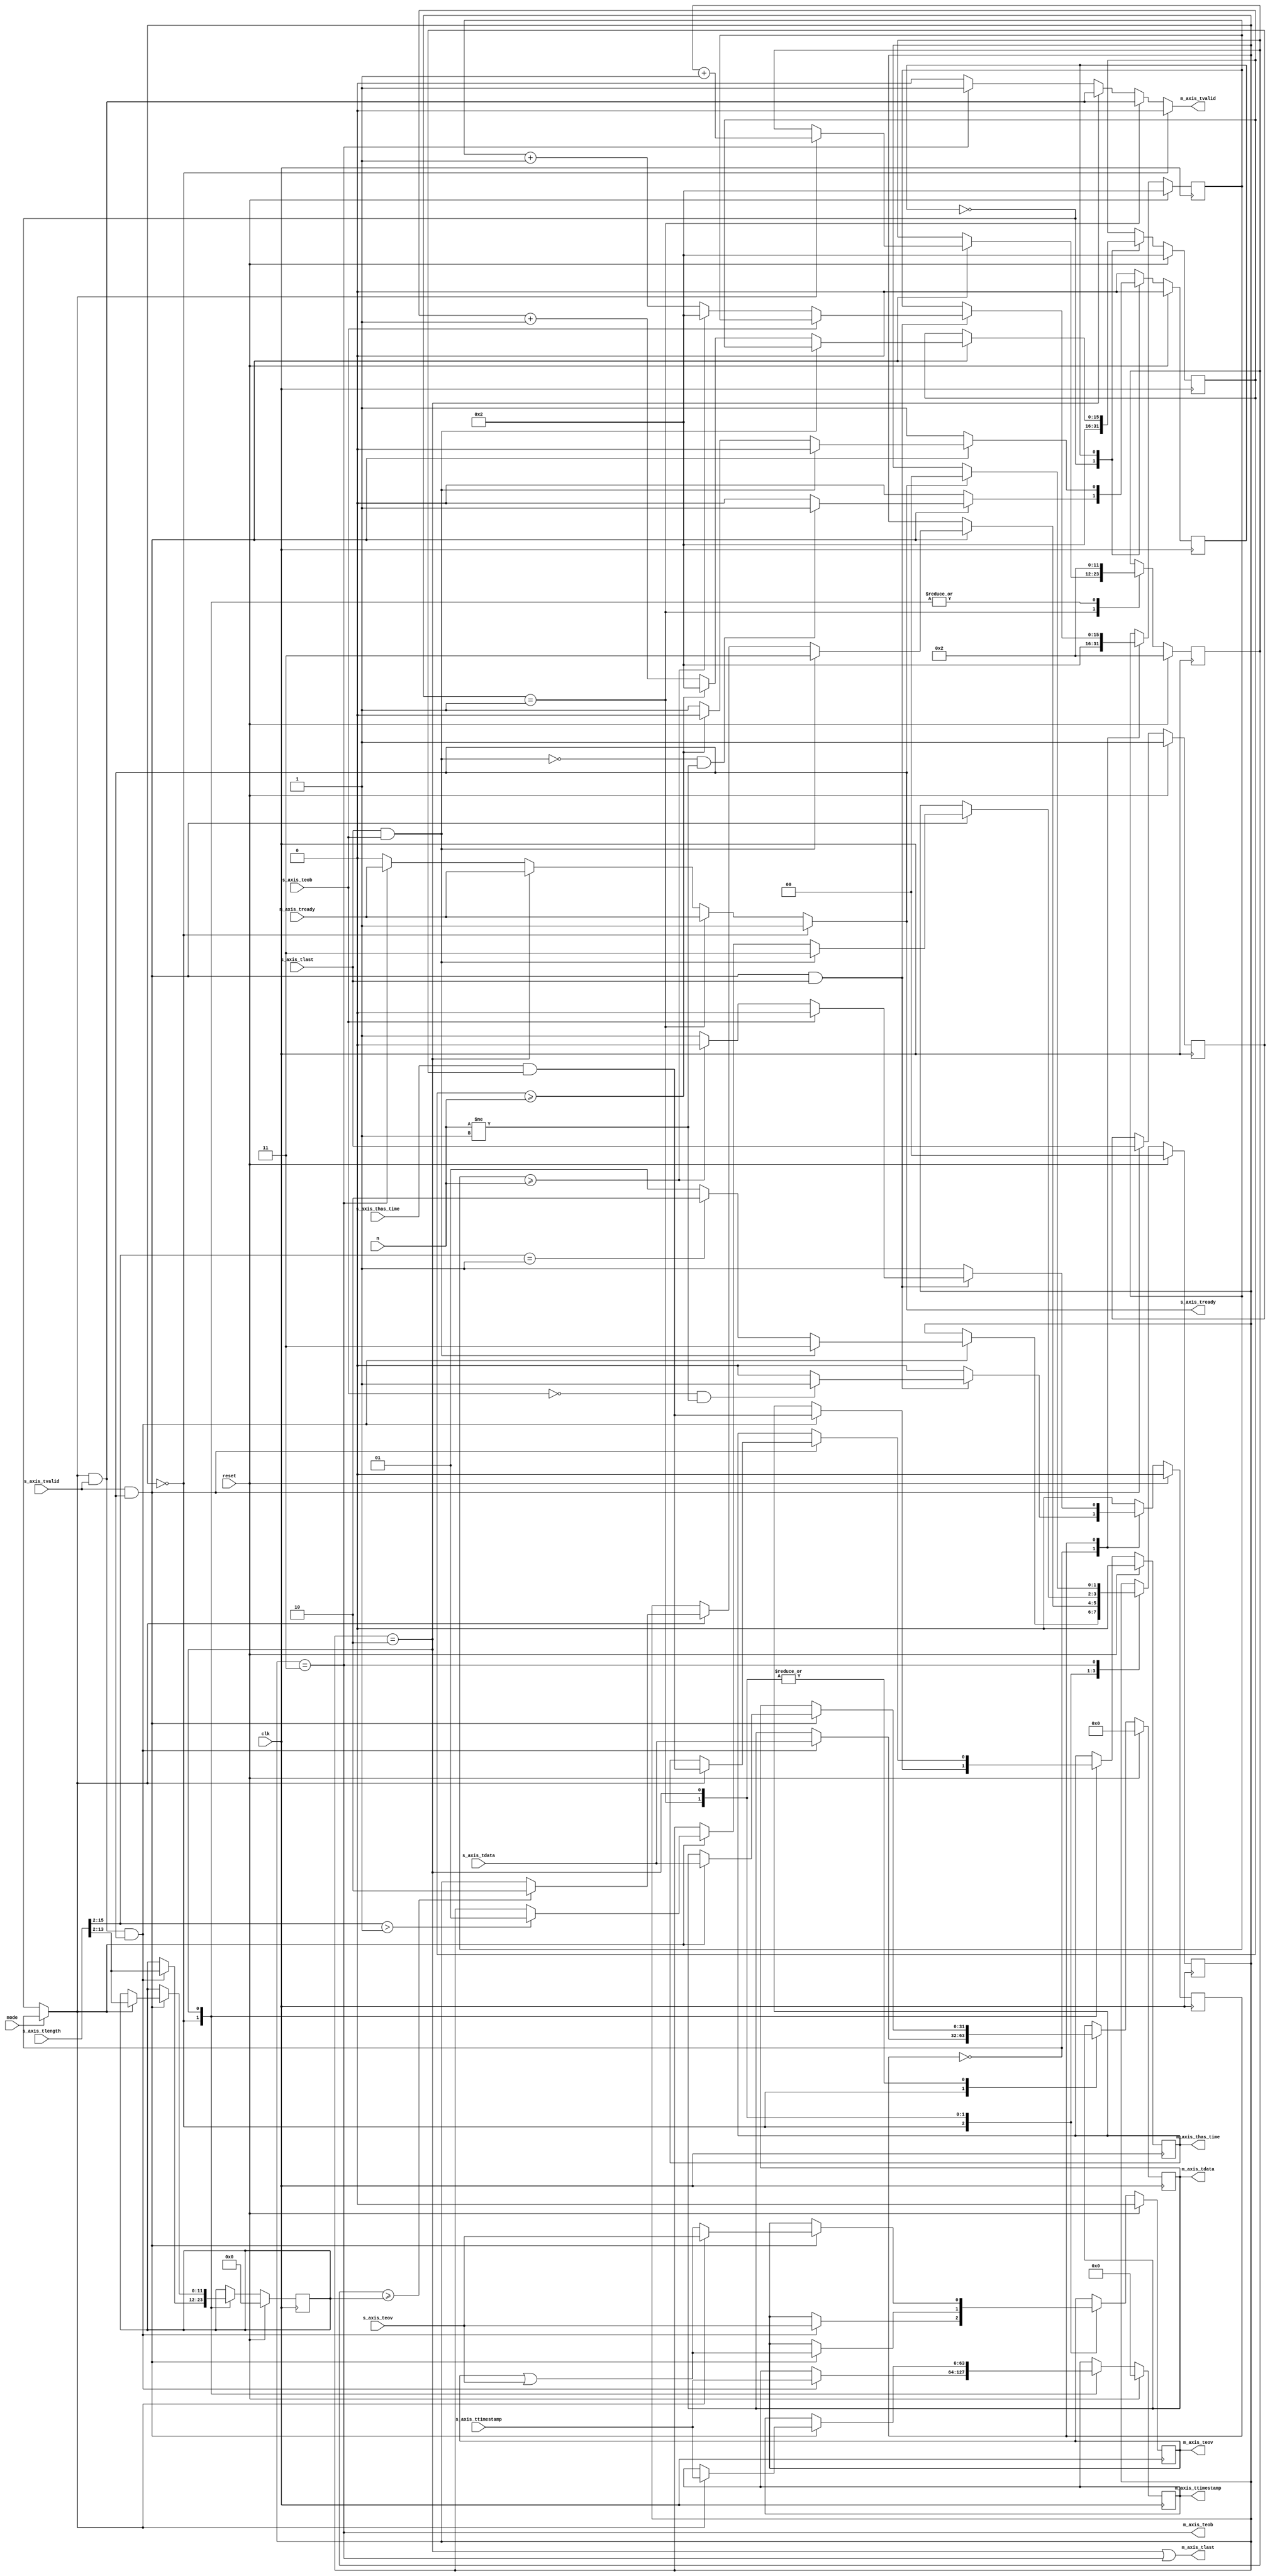
//
// Copyright 2020 Ettus Research, a National Instruments Brand
//
// SPDX-License-Identifier: LGPL-3.0-or-later
//
// Module:  rfnoc_keep_one_in_n
//
// Keep one sample and drop N-1 samples. Also, handles timestamp and setting EOB / EOV.
//
// n:    Drop n-1 samples or packets
// mode: 0 = operate on samples, 1 = operate on packets that are delineated by tlast
//
`default_nettype none

module rfnoc_keep_one_in_n #(
  parameter WIDTH      = 32,
  parameter WIDTH_N    = 16
)(
  input  wire                       clk,
  input  wire                       reset,
  input  wire                       mode,
  input  wire [WIDTH_N-1:0]         n,
  input  wire [WIDTH-1:0]           s_axis_tdata,
  input  wire                       s_axis_tlast,
  input  wire                       s_axis_tvalid,
  output wire                       s_axis_tready,
  input  wire [63:0]                s_axis_ttimestamp,
  input  wire                       s_axis_thas_time,
  input  wire [15:0]                s_axis_tlength,
  input  wire                       s_axis_teov,
  input  wire                       s_axis_teob,
  output wire [WIDTH-1:0]           m_axis_tdata,
  output wire                       m_axis_tlast,
  output wire                       m_axis_tvalid,
  input  wire                       m_axis_tready,
  output wire [63:0]                m_axis_ttimestamp,
  output wire                       m_axis_thas_time,
  output wire                       m_axis_teov,
  output wire                       m_axis_teob
);

  reg first_samp = 1'b1;
  always @(posedge clk) begin
    if (reset) begin
      first_samp <= 1'b1;
    end else begin
      if (s_axis_tvalid & s_axis_tready) begin
        first_samp <= s_axis_tlast;
      end
    end
  end

  // Packet mode state machine
  // - Keeps first packet which is delinated by tlast
  //   and drops the following n-1 packets.
  // - EOB signifies the end of a stream and causes the
  //   state machine to stay in or immediately return to the
  //   "keep" state.
  reg state_pkt;
  localparam S_PKT_KEEP = 1'd0;
  localparam S_PKT_DROP = 1'd1;

  reg [WIDTH_N-1:0] cnt_pkt_n = 2;

  always @(posedge clk) begin
    if (reset) begin
      cnt_pkt_n <= 2;
      state_pkt <= S_PKT_KEEP;
    end else begin
      case (state_pkt)
        S_PKT_KEEP : begin
          cnt_pkt_n <= 2;
          if (s_axis_tvalid & s_axis_tready & s_axis_tlast) begin
            // If EOB or n == 1, stay in this state
            if (~s_axis_teob & n != 1) begin
              state_pkt <= S_PKT_DROP;
            end
          end
        end
        S_PKT_DROP : begin
          if (s_axis_tvalid & s_axis_tready & s_axis_tlast) begin
            if (s_axis_teob) begin
              state_pkt <= S_PKT_KEEP;
            end else begin
              cnt_pkt_n <= cnt_pkt_n + 1;
              if (cnt_pkt_n >= n) begin
                cnt_pkt_n <= 2;
                state_pkt <= S_PKT_KEEP;
              end
            end
          end
        end
        default : state_pkt <= S_PKT_KEEP;
      endcase
    end
  end

  // Sample mode state machine
  // - Keeps first sample and drops n-1 samples.
  // - EOB also causes this state machine stay in or return
  //   to the "keep" state.
  reg [WIDTH_N-1:0] cnt_samp_n;

  reg state_samp;
  localparam S_SAMP_KEEP = 1'd0;
  localparam S_SAMP_DROP = 1'd1;

  always @(posedge clk) begin
    if (reset) begin
      cnt_samp_n <= 2;
      state_samp <= S_SAMP_KEEP;
    end else begin
      case (state_samp)
        S_SAMP_KEEP : begin
          cnt_samp_n <= 2;
          if (s_axis_tvalid & s_axis_tready) begin
            // If EOB or n == 1, stay in this state
            if (~(s_axis_tlast & s_axis_teob) & n != 1) begin
              state_samp <= S_SAMP_DROP;
            end
          end
        end
        S_SAMP_DROP : begin
          if (s_axis_tvalid & s_axis_tready) begin
            if (s_axis_tlast & s_axis_teob) begin
              state_samp <= S_SAMP_KEEP;
            end else begin
              cnt_samp_n <= cnt_samp_n + 1;
              if (cnt_samp_n >= n) begin
                cnt_samp_n <= 2;
                state_samp <= S_SAMP_KEEP;
              end
            end
          end
        end
        default : state_samp <= S_SAMP_KEEP;
      endcase
    end
  end

  wire keep_sample = mode ? (state_pkt == S_PKT_KEEP) : (state_samp == S_SAMP_KEEP);

  // Output state machine
  reg [1:0] state_o;
  localparam S_O_FIRST_SAMP    = 2'd0;
  localparam S_O_OUTPUT        = 2'd1;
  localparam S_O_LAST_SAMP     = 2'd2;
  localparam S_O_LAST_SAMP_EOB = 2'd3;

  reg [WIDTH-1:0]      sample_reg;
  reg [63:0]           timestamp_reg;
  reg                  has_time_reg;
  reg                  eov_reg;
  reg [15-WIDTH/8:0]   length_reg;
  reg [15-WIDTH/8:0]   length_cnt;

  always @(posedge clk) begin
    if (reset) begin
      length_cnt    <= 2;
      sample_reg    <=  'd0;
      timestamp_reg <=  'd0;
      has_time_reg  <= 1'b0;
      length_reg    <=  'd0;
      eov_reg       <= 1'b0;
      state_o       <= S_O_FIRST_SAMP;
    end else begin
      case (state_o)
        // Preload the output register sample_reg. This is necessary
        // so the state machine can have a sample to output if
        // an EOB arrives while dropping samples / packets. If the
        // state machine did not have that sample to output when
        // an EOB arrives, then the EOB would be dropped because
        // you cannot send packets without a payload with RFNoC.
        S_O_FIRST_SAMP : begin
          length_cnt <= 2;
          if (keep_sample & s_axis_tvalid & s_axis_tready) begin
            sample_reg    <= s_axis_tdata;
            timestamp_reg <= s_axis_ttimestamp;
            // If this sample isn't the first sample in the input packet,
            // then the vita time does not correspond to this sample
            // and should be ignored. This situation can happen if the
            // packet length is not consistent.
            has_time_reg  <= s_axis_thas_time & first_samp;
            length_reg    <= s_axis_tlength[15:$clog2(WIDTH/8)];
            eov_reg       <= s_axis_teov;
            // First sample is also EOB, so it will be immediately released
            if (s_axis_tlast & s_axis_teob) begin
              state_o <= S_O_LAST_SAMP_EOB;
            // Packet size is 1 sample
            end else if (s_axis_tlength[15:$clog2(WIDTH/8)] == 1) begin
              state_o <= S_O_LAST_SAMP;
            end else begin
              state_o <= S_O_OUTPUT;
            end
          end
        end
        // Output samples until either we need to either
        // set tlast or encounter an EOB
        S_O_OUTPUT : begin
          if (s_axis_tvalid & s_axis_tready) begin
            // Make EOV bit sticky
            eov_reg <= eov_reg | s_axis_teov;
            if (keep_sample) begin
              sample_reg <= s_axis_tdata;
              length_cnt <= length_cnt + 1;
            end
            if (s_axis_tlast & s_axis_teob) begin
              state_o <= S_O_LAST_SAMP_EOB;
            end else if (keep_sample) begin
              // Use length from input packet to set tlast
              if (length_cnt >= length_reg) begin
                state_o  <= S_O_LAST_SAMP;
              end
            end
          end
        end
        S_O_LAST_SAMP : begin
          length_cnt <= 2;
          if (s_axis_tvalid & s_axis_tready) begin
            if (keep_sample) begin
              sample_reg    <= s_axis_tdata;
              timestamp_reg <= s_axis_ttimestamp;
              has_time_reg  <= s_axis_thas_time & first_samp;
              length_reg    <= s_axis_tlength[15:$clog2(WIDTH/8)];
              eov_reg       <= s_axis_teov;
            end else begin
              eov_reg       <= eov_reg | s_axis_teov;
            end
            if (s_axis_tlast & s_axis_teob) begin
              state_o <= S_O_LAST_SAMP_EOB;
            end else if (keep_sample) begin
              if (s_axis_tlength[15:$clog2(WIDTH/8)] > 1) begin
                state_o <= S_O_OUTPUT;
              end
            end
          end
        end
        S_O_LAST_SAMP_EOB : begin
          if (s_axis_tready) begin
            state_o <= S_O_FIRST_SAMP;
          end
        end
        default : state_o <= S_O_FIRST_SAMP;
      endcase
    end
  end

  assign m_axis_tdata      = sample_reg;
  assign m_axis_tlast      = (state_o == S_O_LAST_SAMP) || (state_o == S_O_LAST_SAMP_EOB);
  assign m_axis_ttimestamp = timestamp_reg;
  assign m_axis_thas_time  = has_time_reg;
  assign m_axis_teov       = eov_reg;
  assign m_axis_teob       = (state_o == S_O_LAST_SAMP_EOB);

  assign m_axis_tvalid = (state_o == S_O_FIRST_SAMP)      ? 1'b0 :
                         (state_o == S_O_OUTPUT)          ? keep_sample & s_axis_tvalid :
                         (state_o == S_O_LAST_SAMP)       ? keep_sample & s_axis_tvalid :
                         (state_o == S_O_LAST_SAMP_EOB)   ? 1'b1 :
                         1'b0;

  assign s_axis_tready = (state_o == S_O_FIRST_SAMP)      ? 1'b1 :
                         (state_o == S_O_OUTPUT)          ? m_axis_tready :
                         (state_o == S_O_LAST_SAMP)       ? m_axis_tready :
                         (state_o == S_O_LAST_SAMP_EOB)   ? m_axis_tready :
                         1'b0;

endmodule

`default_nettype wire